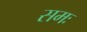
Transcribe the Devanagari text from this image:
समः